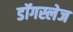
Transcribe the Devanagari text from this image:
डॉगस्लेज